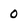
Character: 0